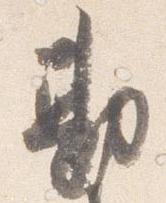
勘